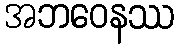
အဘဝေနဿ